Report of an investigation of the epidemic of malarial fever in Assam, or, kala-azar
Disease focus: Malaria
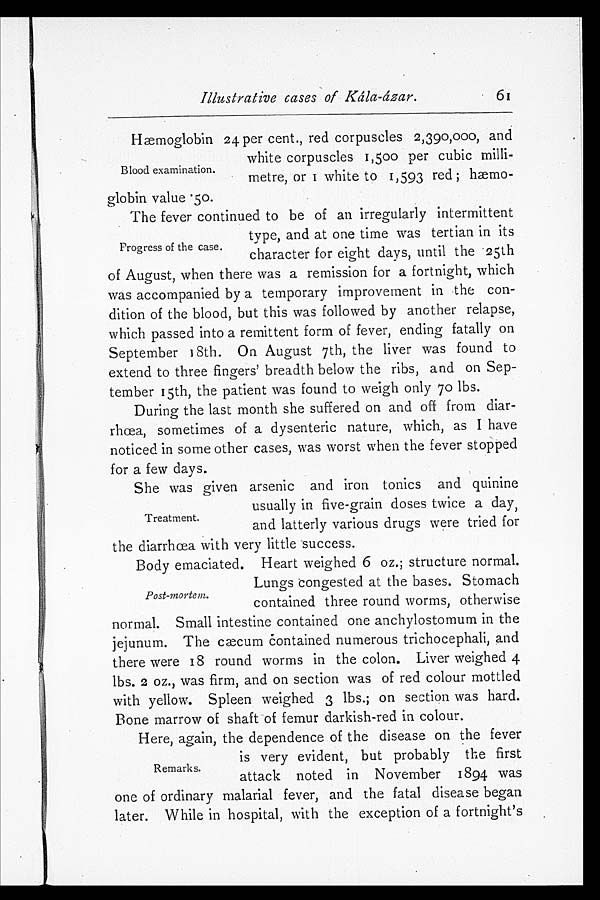
Illustrative cases of Kála-ázar.
Hæmoglobin 24 per cent., red corpuscles 2,390,000, and
white corpuscles 1,500 per cubic milli
-metre, or 1 white to 1,593 red;
globin value .50.
The fever continued to be of an irregularly intermittent
type, and at one time was tertian in its
character for eight days, until the 25th
of August, when there was a remission for a fortnight, which
was accompanied by a temporary improvement in the con
- d i t i o n o f t h e b l o o d , b u t t h i s w a s f o l l o w e d b y a n o t h e r r e l a p s e ,
which passed into a remittent form of fever, ending fatally on
September 18th. On August 7th, the liver was found to
extend to three fingers' breadth below the ribs, and on Sep
- t e m b e r 5 t h , t h e p a t i e n t w a s f o u n d t o w e i g h o n l y 7 0 l b s .
During the last month she suffered on and off from diar
- r h œ a , s o m e t i m e s o f a d y s e n t e r i c n a t u r e , w h i c h , a s I h a v e
noticed in some other cases, was worst when the fever stopped
for a few days.
She was given arsenic and iron tonics and quinine
usually in five-grain doses twice a day,
and latterly various drugs were tried for
the diarrhœa with very little success.
Body emaciated. Heart weighed 6 oz.; structure normal.
Lungs congested at the bases. Stomach
contained three round worms, otherwise
normal. Small intestine contained one anchylostomum in the
jejunum. The cæcum Contained numerous trichocephali, and
there were 18 round worms in the colon. Liver weighed 4
lbs. 2 oz., was firm, and on section was of red colour mottled
with yellow. Spleen weighed 3 lbs.; on section was hard.
Bone marrow of shaft of femur darkish-red in colour.
Here, again, the dependence of the disease on the fever
is very evident, but probably the first
attack noted in November 1894 was
one of ordinary malarial fever, and the fatal disease began
later. While in hospital, with the exception of a fortnight's
Blood examination.
Progress of the case.
Treatment.
Post-mortem.
Remarks.